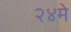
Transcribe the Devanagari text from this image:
२४मे